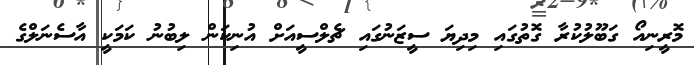
މޮރީނިއޯ ގަބޫލުކުރާ ގޮތުގައި މިދިޔަ ސީޒަނުގައި ޗެލްސީއަށް އުނިކަން ލިބުނު ކަމަކީ އާސެނަލްގެ